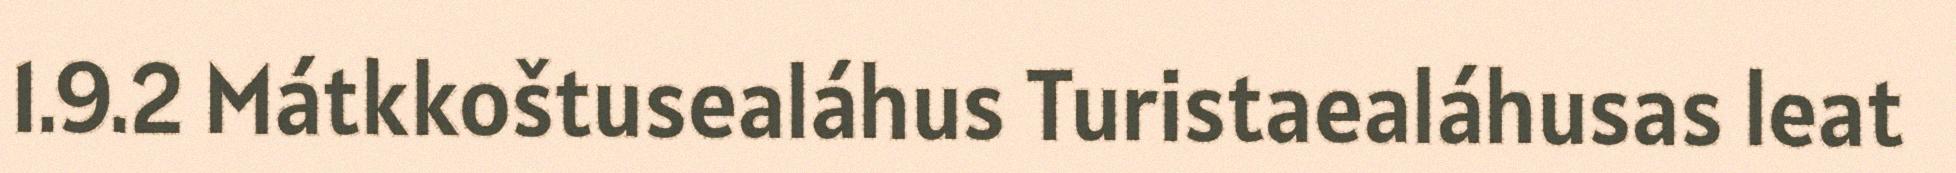
1.9.2 Mátkkoštusealáhus Turistaealáhusas leat